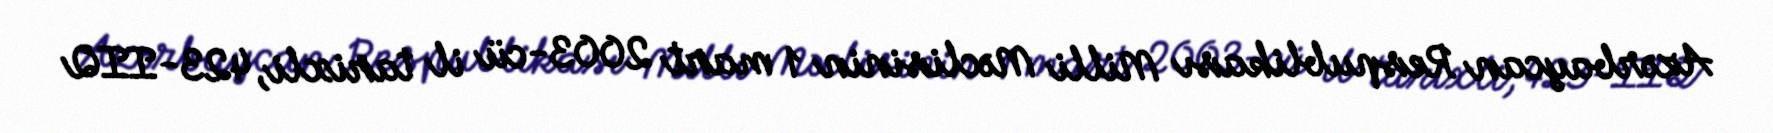
Azərbaycan Respublikası Milli Məclisinin 1 mart 2003-cü il tarixli, 423-IIQ